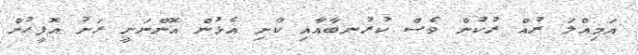
އަމިއްލަ ރުއް ރުކުން ވެސް ކުރުނބާއާއި ކާށި އެޅުން އޮންނަނީ ރަށު އޮފީހުން